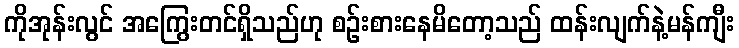
ကိုအုန်းလွင် အကြွေးတင်ရှိသည်ဟု စဉ်းစားနေမိတော့သည် ထန်းလျက်နဲ့မန်ကျီး